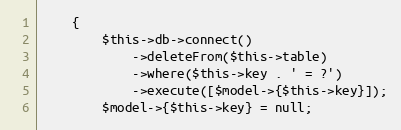
Language: PHP
    {
        $this->db->connect()
            ->deleteFrom($this->table)
            ->where($this->key . ' = ?')
            ->execute([$model->{$this->key}]);
        $model->{$this->key} = null;